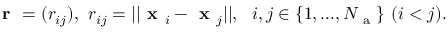
\textbf { r } = ( r _ { i j } ) , ~ r _ { i j } = | | \textbf { x } _ { i } - \textbf { x } _ { j } | | , ~ ~ i , j \in \{ 1 , . . . , N _ { \mathrm { ~ a ~ } } \} ~ ( i < j ) .